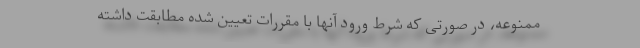
ممنوعه، در صورتی که شرط ورود آنها با مقررات تعیین شده مطابقت داشته